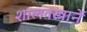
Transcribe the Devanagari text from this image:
शालवस्त्रानें